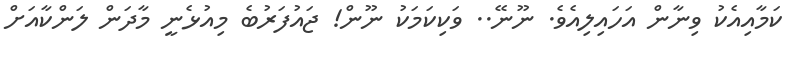
ކަމާއިއެކު ވިނާން އަހައިލިއެވެ. ނޫނޭ.. ވަކިކަމަކު ނޫން! ޖައުފަރުބެ މިއުޅެނީ މާދަން ލަންކާއަށް